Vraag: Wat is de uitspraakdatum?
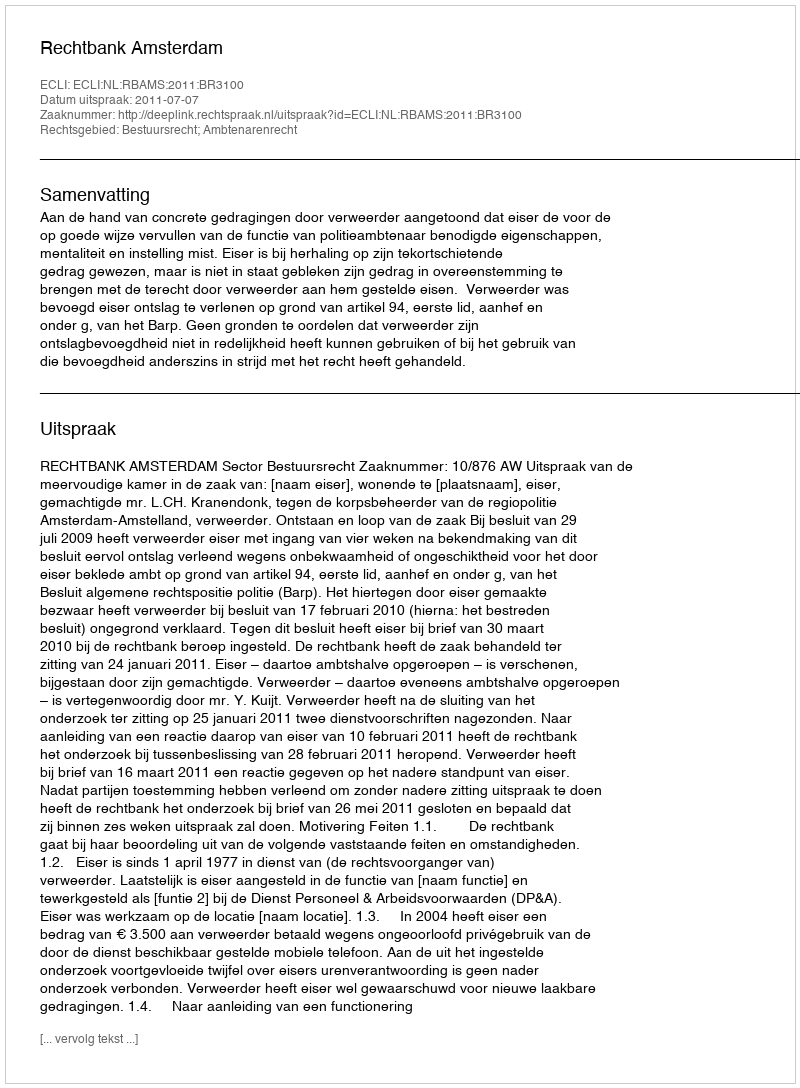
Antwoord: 2011-07-07